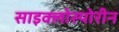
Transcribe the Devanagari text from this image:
साइक्लोस्पोरीन